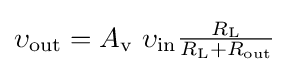
{\upsilon }_{\text{out}}=A_{\text{v}}\ {\upsilon }_{\text{in}}{\begin{matrix}{\frac {R_{\text{L}}}{R_{\text{L}}+R_{\text{out}}}}\end{matrix}}